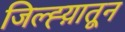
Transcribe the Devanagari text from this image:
जिल्ह्य़ातून